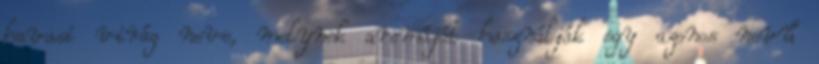
havasi virág neve, melynek aromáját használják egy azonos nevű